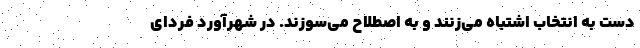
دست به انتخاب اشتباه می‌زنند و به اصطلاح می‌سوزند. در شهرآورد فردای